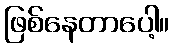
ဖြစ်နေတာပေါ့။